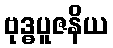
ဗုဒ္ဓပူဇနိယ